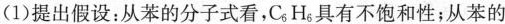
(1)提出假设：从苯的分子式看，C_{6}H_{6}具有不饱和性；从苯的